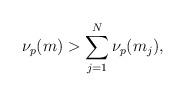
LaTeX: \begin{align*} \nu_p(m) > \sum_{j=1}^N\nu_p(m_j), \end{align*}